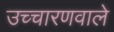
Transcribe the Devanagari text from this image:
उच्चारणवाले